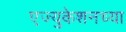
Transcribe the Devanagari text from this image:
एज्युकेशनच्या